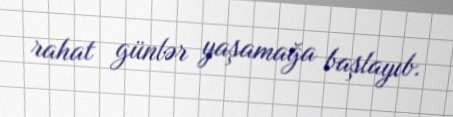
rahat günlər yaşamağa başlayıb.